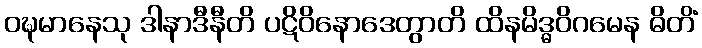
ဝဍ္ဎမာနေသု ဒါနာဒီနီတိ ပဋိဝိနောဒေတွာတိ ထိနမိဒ္ဓဝိဂမေန ဓိတိံ